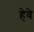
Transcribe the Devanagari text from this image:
हेवे